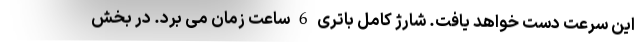
این سرعت دست خواهد یافت. شارژ کامل باتری 6 ساعت زمان می برد. در بخش